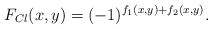
LaTeX: \begin{align*} F_{Cl}(x,y)=(-1)^{f_1(x,y)+f_2(x,y)}. \end{align*}